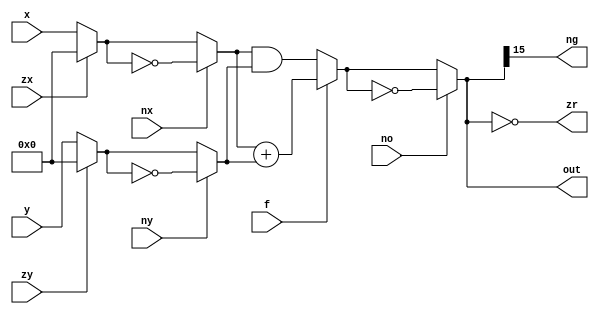
`default_nettype none
module ALU (/*autoarg*/
   input wire [15:0] x,
   input wire [15:0] y,
   input wire        zx,
   input wire        zy,
   input wire        nx,
   input wire        ny,
   input wire        f,
   input wire        no,
   output wire [15:0] out,
   output wire        zr,
   output wire        ng
);

// Preprocessing x and y
wire [15:0]        x1 = zx ? 16'b0 : x;
wire [15:0]        x2 = nx ? ~x1 : x1;

wire [15:0]        y1 = zy ? 16'b0 : y;
wire [15:0]        y2 = ny ? ~y1 : y1;
// operations
wire [15:0]        addXY = x2 + y2;
wire [15:0]        andXY = x2 & y2;
wire [15:0]        retF = f ? addXY : andXY;

assign out = no ? ~retF : retF;
assign zr = (out[15:0] == 16'b0);
assign ng = out[15];

endmodule // end of module ALU